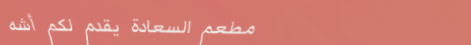
مطعم السعادة يقدم لكم أشه